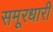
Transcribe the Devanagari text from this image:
समूरधारी